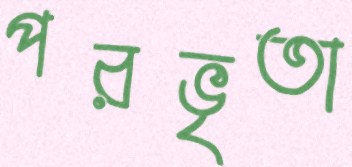
পরভৃতা